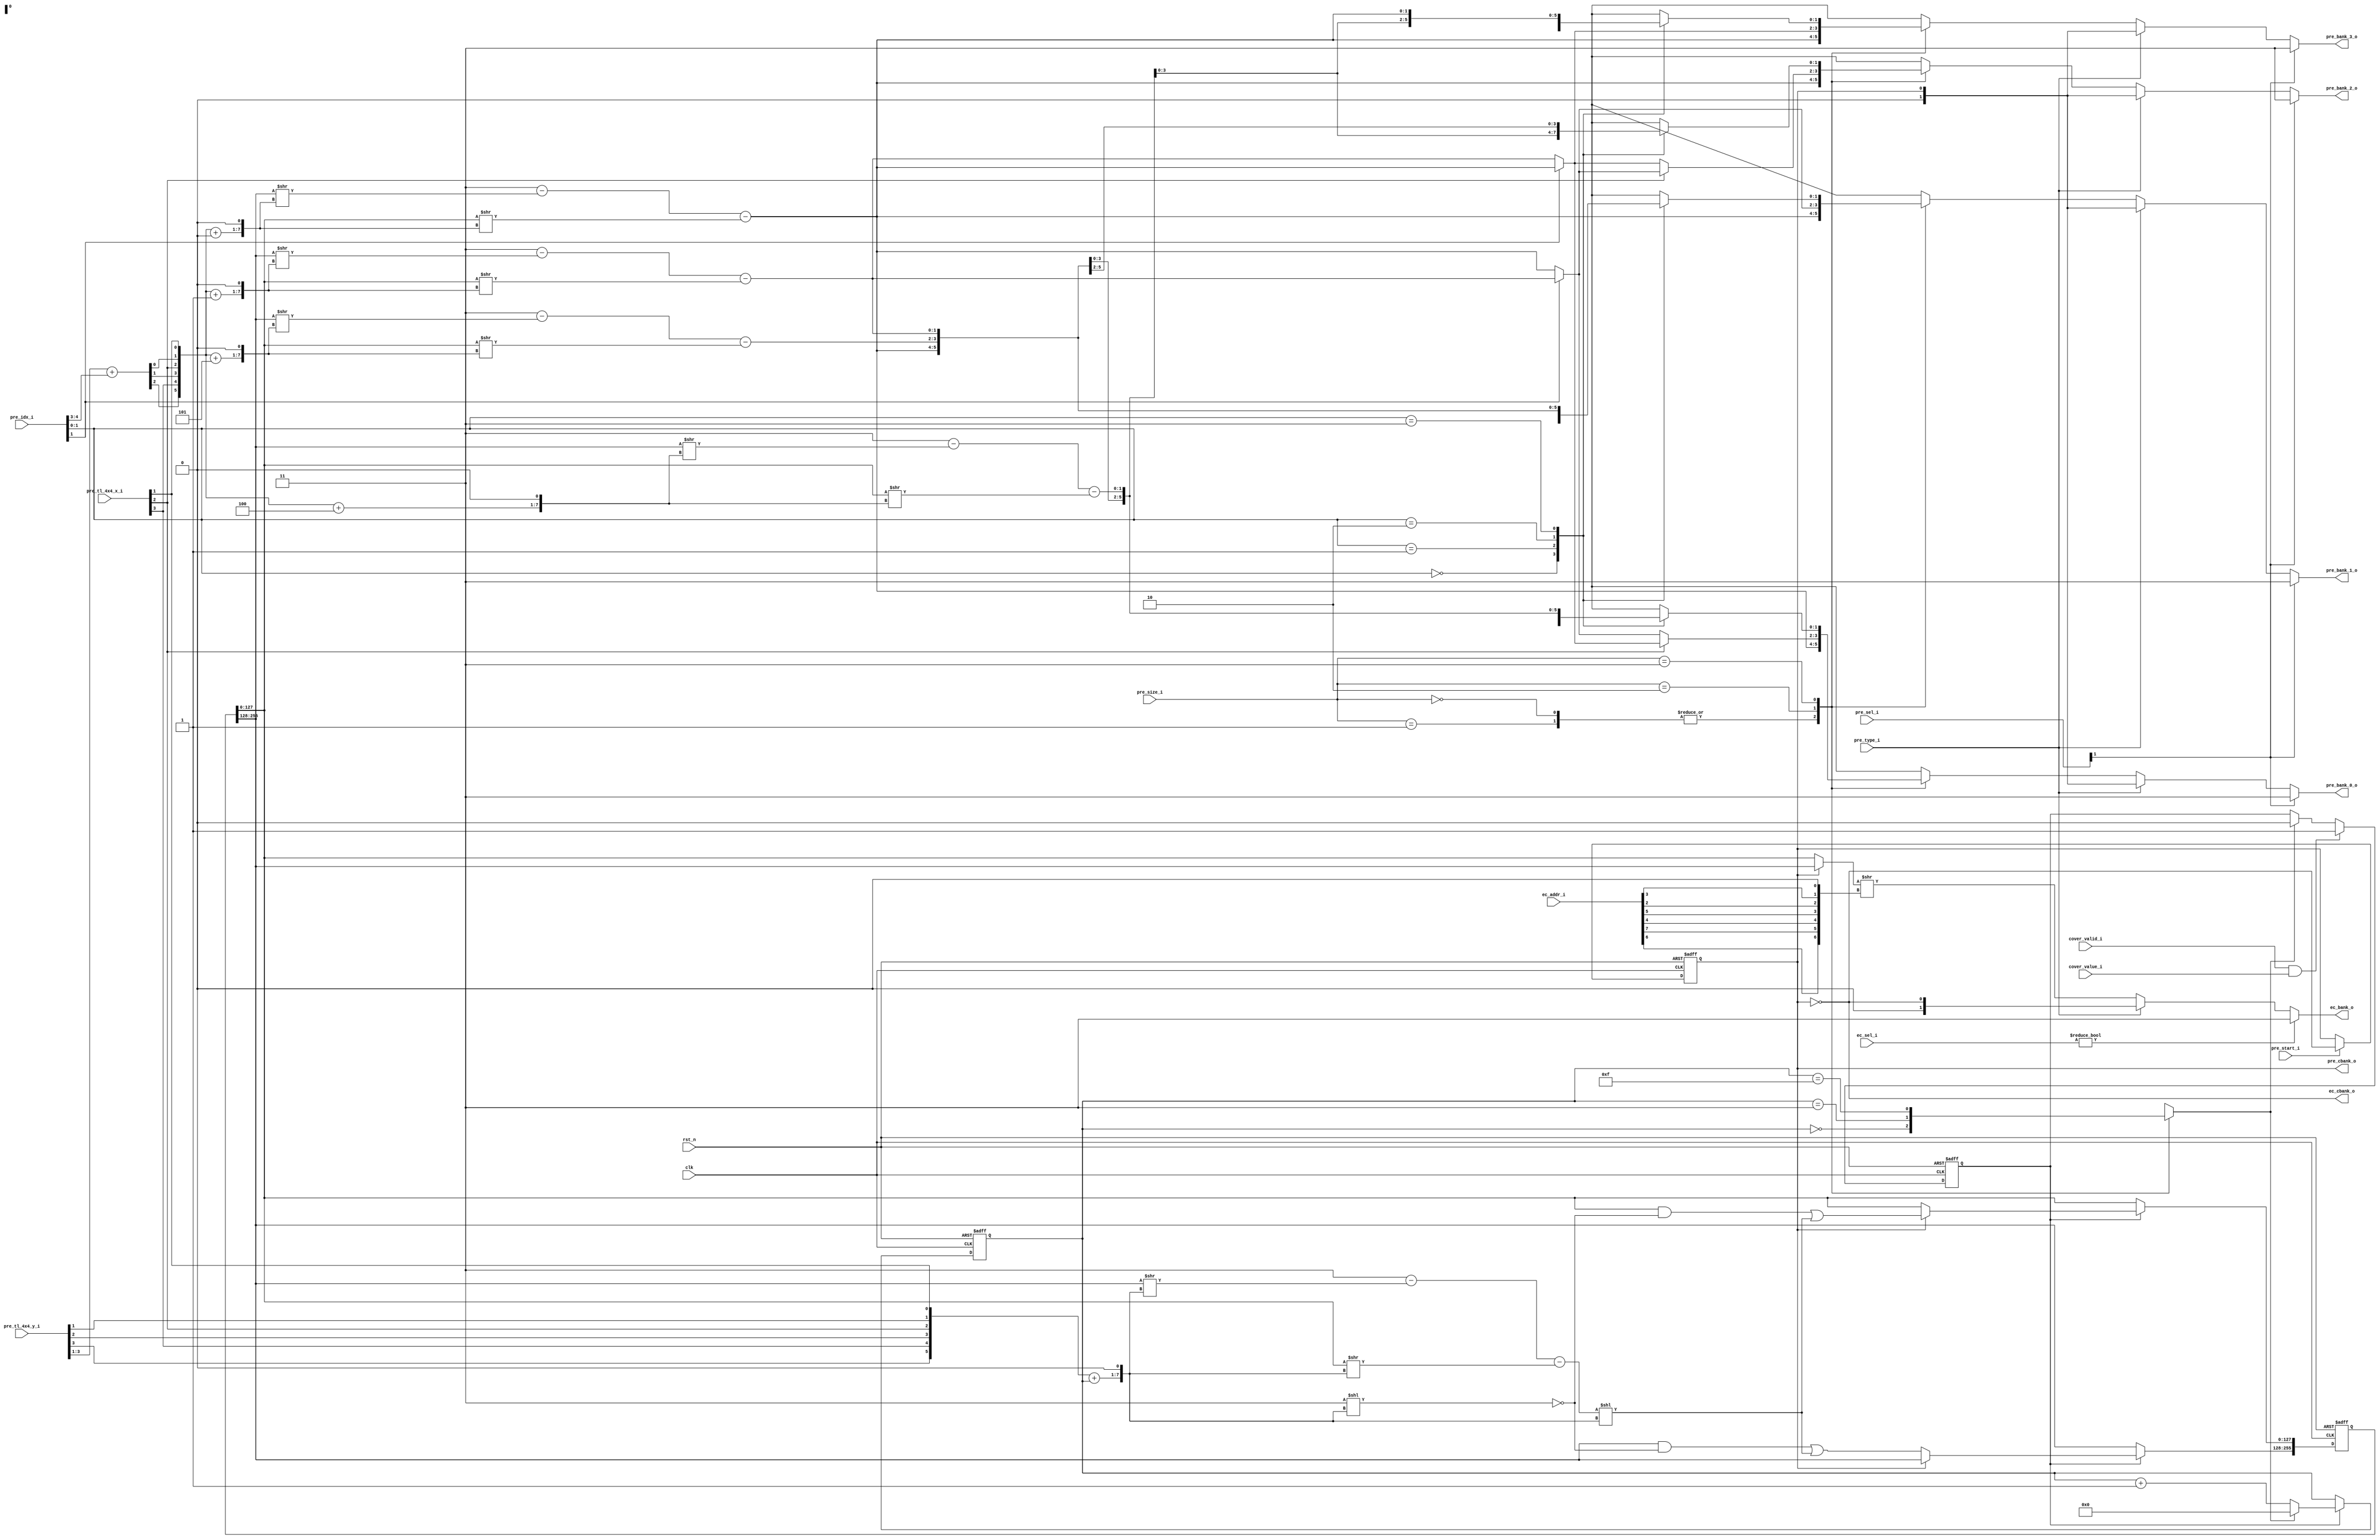
module coe_tlb (
  // global
  clk             ,
  rst_n           ,
  // rec
  cover_valid_i   ,
  cover_value_i   ,
  // pre
  pre_start_i     ,
  pre_type_i      ,
  pre_sel_i       ,
  pre_tl_4x4_x_i  ,
  pre_tl_4x4_y_i  ,
  pre_size_i      ,
  pre_idx_i       ,
  pre_bank_0_o    ,
  pre_bank_1_o    ,
  pre_bank_2_o    ,
  pre_bank_3_o    ,
  pre_cbank_o     ,
  // ec
  ec_sel_i        ,
  ec_addr_i       ,
  ec_bank_o       ,
  ec_cbank_o
  );


//*** PARAMETER DECLARATION ****************************************************

  localparam  I_4x4         = 2'b00                  ,
              I_8x8         = 2'b01                  ,
              I_16x16       = 2'b10                  ,
              I_32x32       = 2'b11                  ;

  localparam  INTRA         = 0                      ,
              INTER         = 1                      ;


//*** IN/OUTPUT DECLARATION ****************************************************

  // global
  input                     clk                      ;
  input                     rst_n                    ;
  // rec
  input                     cover_valid_i            ;
  input                     cover_value_i            ;
  // pre
  input                     pre_start_i              ;
  input                     pre_type_i               ;
  input      [1     : 0]    pre_sel_i                ;
  input      [3     : 0]    pre_tl_4x4_x_i           ;
  input      [3     : 0]    pre_tl_4x4_y_i           ;
  input      [1     : 0]    pre_size_i               ;
  input      [4     : 0]    pre_idx_i                ;
  output reg [1     : 0]    pre_bank_0_o             ;  // wire in fact
  output reg [1     : 0]    pre_bank_1_o             ;  // wire in fact
  output reg [1     : 0]    pre_bank_2_o             ;  // wire in fact
  output reg [1     : 0]    pre_bank_3_o             ;  // wire in fact
  output                    pre_cbank_o              ;
  // ec
  input      [1     : 0]    ec_sel_i                 ;
  input      [8     : 0]    ec_addr_i                ;
  output     [1     : 0]    ec_bank_o                ;
  output                    ec_cbank_o               ;


//*** REG/WIRES DECLARATION ****************************************************

//--- Pointer_R ------------------------

  reg        [255   : 0]    pointer_r                ;

  reg                       cover_en                 ;
  reg        [4     : 0]    rec_cnt_r                ;
  reg                       rec_cnt_bd_w             ;

  reg                       shifter_r                ;

  wire       [127   : 0]    rec_mask_pos_w           ;
  wire       [127   : 0]    rec_mask_neg_w           ;
  wire       [127   : 0]    rec_mask_bank_w          ;

  wire       [7     : 0]    rec_8x8_addr_w           ;

  wire       [2     : 0]    rec_8x8_x_w              ;
  wire       [2     : 0]    rec_8x8_y_w              ;

  wire       [1     : 0]    rec_bank_w               ;
  wire       [1     : 0]    pointer_fmr_rec_a_w      ;
  wire       [1     : 0]    pointer_fmr_rec_b_w      ;

//--- Pre_Bank_O -----------------------

  wire       [127   : 0]    pointer_pre_w            ;
  wire       [1     : 0]    pointer_cur_pre_w        ;

  wire       [127   : 0]    pointer_ec_w             ;
  wire       [1     : 0]    pointer_cur_ec_w         ;

  wire       [1     : 0]    pre_bank_0_w             ;
  wire       [1     : 0]    pre_bank_1_w             ;
  wire       [1     : 0]    pre_bank_2_w             ;
  wire       [1     : 0]    pre_bank_3_w             ;

  wire       [1     : 0]    pointer_fmr_pre_0_a_w    ;
  wire       [1     : 0]    pointer_fmr_pre_0_b_w    ;
  wire       [1     : 0]    pointer_fmr_pre_1_a_w    ;
  wire       [1     : 0]    pointer_fmr_pre_1_b_w    ;
  wire       [1     : 0]    pointer_fmr_pre_2_a_w    ;
  wire       [1     : 0]    pointer_fmr_pre_2_b_w    ;
  wire       [1     : 0]    pointer_fmr_pre_3_a_w    ;
  wire       [1     : 0]    pointer_fmr_pre_3_b_w    ;

  wire       [7     : 0]    pre_8x8_addr_w           ;

  wire       [2     : 0]    pre_8x8_x_w              ;
  wire       [2     : 0]    pre_8x8_y_w              ;

//--- Ec_Bank_O ------------------------

  wire       [127   : 0]    ec_pointer_w             ;
  wire       [7     : 0]    ec_8x8_addr_w            ;
  wire                      ec_sel_w                 ;


//*** MAIN BODY ****************************************************************

//--- Pointer_R ------------------------

  // pointer_r
  always @(posedge clk or negedge rst_n) begin
    if( !rst_n ) begin
      pointer_r[255:128] <= {64{2'b00}} ;
      pointer_r[127:000] <= {64{2'b01}} ;
    end
    else if( cover_en ) begin
      if( shifter_r )
        pointer_r[127:000] <= ( pointer_r[127:000] & rec_mask_neg_w ) | rec_mask_bank_w ;
      else begin
        pointer_r[255:128] <= ( pointer_r[255:128] & rec_mask_neg_w ) | rec_mask_bank_w ;
      end
    end
  end

  // cover_en
  always @(posedge clk or negedge rst_n) begin
    if( !rst_n )
		cover_en <= 'd0 ;
    else if( cover_valid_i & cover_value_i )
      cover_en <= 'd1 ;
    else if( rec_cnt_bd_w ) begin
      cover_en <= 'd0 ;
    end
  end

  // rec_cnt
  always @(posedge clk or negedge rst_n) begin
    if( !rst_n )
      rec_cnt_r <= 'd0 ;
    else if( cover_en ) begin
      if( rec_cnt_bd_w )
        rec_cnt_r <= 'd0 ;
      else begin
        rec_cnt_r <= rec_cnt_r + 'd1 ;
      end
    end
  end

  // rec_cnt_bd_w
  always @(*) begin
    case( pre_size_i )
      I_4x4    : rec_cnt_bd_w = (rec_cnt_r=='d01-'d01) ;
      I_8x8    : rec_cnt_bd_w = (rec_cnt_r=='d01-'d01) ;
      I_16x16  : rec_cnt_bd_w = (rec_cnt_r=='d04-'d01) ;
      I_32x32  : rec_cnt_bd_w = (rec_cnt_r=='d16-'d01) ;
    endcase
  end

  // shifter_r
  always @(posedge clk or negedge rst_n) begin
    if( !rst_n )
      shifter_r <= 1'b0 ;
    else if( pre_start_i ) begin
      shifter_r <= !shifter_r ;
    end
  end

  // rec_mask_pos_w & rec_mask_neg_w
  assign rec_mask_pos_w = 2'b11 << (rec_8x8_addr_w<<1) ;
  assign rec_mask_neg_w = ~rec_mask_pos_w ;
  assign rec_mask_bank_w = rec_bank_w << (rec_8x8_addr_w<<1) ;

  // rec_8x8_addr_w
  assign rec_8x8_addr_w = { 1'b0           ,1'b0           ,
                            rec_8x8_y_w[2] ,rec_8x8_x_w[2] ,
                            rec_8x8_y_w[1] ,rec_8x8_x_w[1] ,
                            rec_8x8_y_w[0] ,rec_8x8_x_w[0] } + rec_cnt_r ;

  // rec_8x8_x_w & rec_8x8_y_w
  assign rec_8x8_x_w = pre_tl_4x4_x_i[3:1] ;
  assign rec_8x8_y_w = pre_tl_4x4_y_i[3:1] ;

  // rec_bank_w
  assign rec_bank_w = 2'b11 - pointer_fmr_rec_a_w - pointer_fmr_rec_b_w ;

  // pointer_fmr_rec_a_w & pointer_fmr_rec_b_w
  assign pointer_fmr_rec_a_w = pointer_r[255:128] >> (rec_8x8_addr_w<<1) ;
  assign pointer_fmr_rec_b_w = pointer_r[127:000] >> (rec_8x8_addr_w<<1) ;


//--- Pre_Bank_O -----------------------

  // pre_cbank_o
  assign pre_cbank_o = shifter_r ;

  // pre_bank_o
  always @(*) begin
    if( pre_sel_i[1] ) begin
      pre_bank_0_o = 2'b11 ;
      pre_bank_1_o = 2'b11 ;
      pre_bank_2_o = 2'b11 ;
      pre_bank_3_o = 2'b11 ;
    end
    else if( pre_type_i==INTER ) begin
      pre_bank_0_o = shifter_r ;
      pre_bank_1_o = shifter_r ;
      pre_bank_2_o = shifter_r ;
      pre_bank_3_o = shifter_r ;
    end
    else begin
      case( pre_size_i )
        I_4x4,I_8x8   : begin                                pre_bank_0_o = pre_bank_0_w ;
                                                             pre_bank_1_o = pre_bank_0_w ;
                                                             pre_bank_2_o = pre_bank_0_w ;
                                                             pre_bank_3_o = pre_bank_0_w ;
                        end
        I_16x16       : begin    if( pre_8x8_x_w[1] ) begin
                                   if( pre_idx_i[1] ) begin  pre_bank_0_o = pre_bank_0_w ;
                                                             pre_bank_1_o = pre_bank_1_w ;
                                                             pre_bank_2_o = pre_bank_1_w ;
                                                             pre_bank_3_o = pre_bank_0_w ;
                                   end
                                   else begin                pre_bank_0_o = pre_bank_1_w ;
                                                             pre_bank_1_o = pre_bank_0_w ;
                                                             pre_bank_2_o = pre_bank_0_w ;
                                                             pre_bank_3_o = pre_bank_1_w ;
                                   end
                                 end
                                 else begin
                                   if( pre_idx_i[1] ) begin  pre_bank_0_o = pre_bank_1_w ;
                                                             pre_bank_1_o = pre_bank_1_w ;
                                                             pre_bank_2_o = pre_bank_0_w ;
                                                             pre_bank_3_o = pre_bank_0_w ;
                                   end
                                   else begin                pre_bank_0_o = pre_bank_0_w ;
                                                             pre_bank_1_o = pre_bank_0_w ;
                                                             pre_bank_2_o = pre_bank_1_w ;
                                                             pre_bank_3_o = pre_bank_1_w ;
                                   end
                                 end
                        end
        I_32x32       : begin    case( pre_idx_i[1:0] )
                                   2'd0 : begin              pre_bank_0_o = pre_bank_0_w ;
                                                             pre_bank_1_o = pre_bank_2_w ;
                                                             pre_bank_2_o = pre_bank_1_w ;
                                                             pre_bank_3_o = pre_bank_3_w ;
                                          end
                                   2'd1 : begin              pre_bank_0_o = pre_bank_3_w ;
                                                             pre_bank_1_o = pre_bank_0_w ;
                                                             pre_bank_2_o = pre_bank_2_w ;
                                                             pre_bank_3_o = pre_bank_1_w ;
                                          end
                                   2'd2 : begin              pre_bank_0_o = pre_bank_1_w ;
                                                             pre_bank_1_o = pre_bank_3_w ;
                                                             pre_bank_2_o = pre_bank_0_w ;
                                                             pre_bank_3_o = pre_bank_2_w ;
                                          end
                                   2'd3 : begin              pre_bank_0_o = pre_bank_2_w ;
                                                             pre_bank_1_o = pre_bank_1_w ;
                                                             pre_bank_2_o = pre_bank_3_w ;
                                                             pre_bank_3_o = pre_bank_0_w ;
                                          end
                                 endcase
                        end
      endcase
    end
  end

  // pre_bank_w
  assign pre_bank_0_w = (pre_sel_i[1]) ? 2'b11 : (2'b11-pointer_fmr_pre_0_a_w-pointer_fmr_pre_0_b_w) ;
  assign pre_bank_1_w = (pre_sel_i[1]) ? 2'b11 : (2'b11-pointer_fmr_pre_1_a_w-pointer_fmr_pre_1_b_w) ;
  assign pre_bank_2_w = (pre_sel_i[1]) ? 2'b11 : (2'b11-pointer_fmr_pre_2_a_w-pointer_fmr_pre_2_b_w) ;
  assign pre_bank_3_w = (pre_sel_i[1]) ? 2'b11 : (2'b11-pointer_fmr_pre_3_a_w-pointer_fmr_pre_3_b_w) ;

  // pointer_fmr_pre_0_w & pointer_fmr_pre_1_w
  assign pointer_fmr_pre_0_a_w = pointer_r[255:128] >> ((pre_8x8_addr_w+0)<<1) ;
  assign pointer_fmr_pre_0_b_w = pointer_r[127:000] >> ((pre_8x8_addr_w+0)<<1) ;
  assign pointer_fmr_pre_1_a_w = pointer_r[255:128] >> ((pre_8x8_addr_w+1)<<1) ;
  assign pointer_fmr_pre_1_b_w = pointer_r[127:000] >> ((pre_8x8_addr_w+1)<<1) ;
  assign pointer_fmr_pre_2_a_w = pointer_r[255:128] >> ((pre_8x8_addr_w+4)<<1) ;
  assign pointer_fmr_pre_2_b_w = pointer_r[127:000] >> ((pre_8x8_addr_w+4)<<1) ;
  assign pointer_fmr_pre_3_a_w = pointer_r[255:128] >> ((pre_8x8_addr_w+5)<<1) ;
  assign pointer_fmr_pre_3_b_w = pointer_r[127:000] >> ((pre_8x8_addr_w+5)<<1) ;

  // pre_8x8_addr_w
  assign pre_8x8_addr_w = { 1'b0           ,1'b0           ,
                            pre_8x8_y_w[2] ,pre_8x8_x_w[2] ,
                            pre_8x8_y_w[1] ,pre_8x8_x_w[1] ,
                            pre_8x8_y_w[0] ,pre_8x8_x_w[0] };

  // pre_8x8_x_w & pre_8x8_y_w
  assign pre_8x8_x_w = pre_tl_4x4_x_i[3:1] ;
  assign pre_8x8_y_w = pre_tl_4x4_y_i[3:1] + pre_idx_i[4:3] ;


//--- Ec_Bank_O ------------------------

  // ec_cbank_o                  
  assign ec_cbank_o = !shifter_r ;

  // ec_bank_o
  assign ec_bank_o = ec_sel_w ? 2'b11
                              : ( (pre_type_i==INTER) ? ( !shifter_r )
                                                      : ( ec_pointer_w>>(ec_8x8_addr_w<<1) )
                                );

  // ec_pointer_w                                                            
  assign ec_pointer_w = shifter_r ? pointer_r[255:128] : pointer_r[127:000] ;
  
  // ec_8x8_addr_w
  assign ec_8x8_addr_w = {ec_addr_i[6],ec_addr_i[7],ec_addr_i[4],ec_addr_i[5],ec_addr_i[2],ec_addr_i[3],ec_addr_i[0],ec_addr_i[1]}>>2 ;

  // ec_sel_w
  assign ec_sel_w = ec_sel_i!=2'b00 ;

endmodule